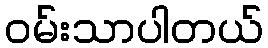
ဝမ်းသာပါတယ်